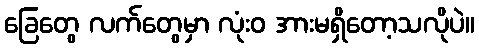
ခြေတွေ လက်တွေမှာ လုံးဝ အားမရှိတော့သလိုပဲ။